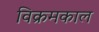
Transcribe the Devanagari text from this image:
विक्रमकाल